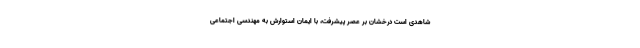
شاهدی است درخشان بر عصر پیشرفت، با ایمان استوارش به مهندسی اجتماعی